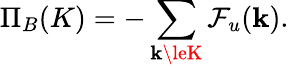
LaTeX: \Pi_{B}(K)=-\sum_{\mathbf{k}\leK}\mathcal{{F}}_{u}({\mathbf{\mathbf{k}}}).